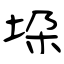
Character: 垜